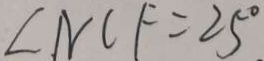
\angle N C F = 2 5 ^ { \circ }